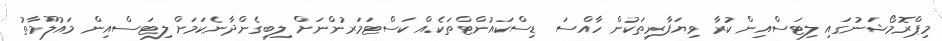
މިޕްރޮމޯޝަަނުގައި ލިޓަސްއިން ކުރާ ވިޔަފާރިތަކުން ހާއްސަ ޑިސްކައުންޓްތަކެއް ކަސްޓަމަރުންނަށް ލިބިގެންދާނެކަމަށް ލިޓަސްއިން މައުލޫމާތު